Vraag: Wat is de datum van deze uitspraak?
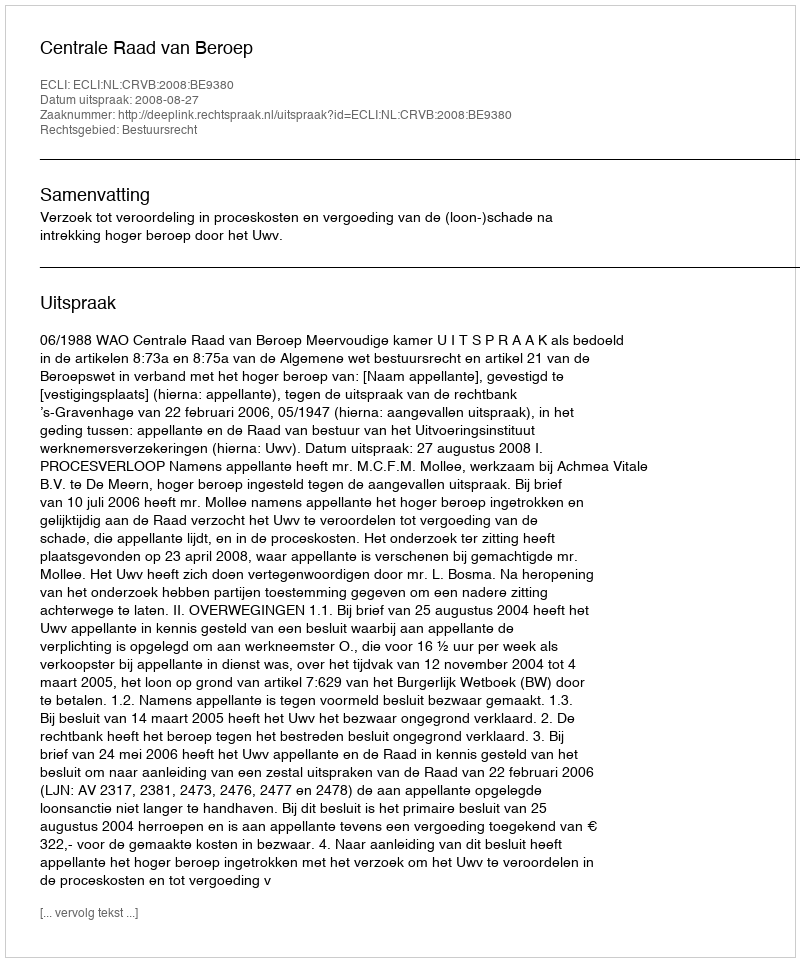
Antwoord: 2008-08-27